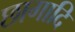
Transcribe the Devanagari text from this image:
छागादि